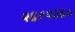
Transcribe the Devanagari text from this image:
२६१२३६०